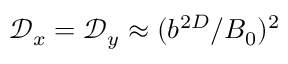
\mathcal D _ { x } = \mathcal D _ { y } \approx ( b ^ { 2 D } / B _ { 0 } ) ^ { 2 }